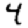
Digit: 4